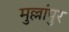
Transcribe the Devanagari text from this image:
मुल्लांपुर